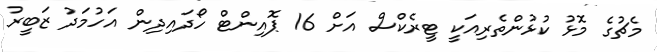
މެޗުގެ މޮޅު ކުޅުންތެރިއަކީ ޓީރެކްސް އަށް 16 ޕޮއިންޓް ހޯދައިދިން އަހުމަދު ޒަބީރު